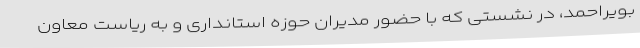
بویراحمد، در نشستی که با حضور مدیران حوزه استانداری و به ریاست معاون